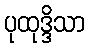
ပုထုဒ္ဒိသာ